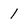
Character: 1